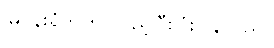
မြဝန်းရံဘက် လှည့်ပြီးပြုံးပြန်သည်။